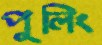
পুলিং